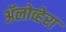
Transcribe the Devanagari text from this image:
ॲलोव्हेरा